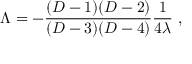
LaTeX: \Lambda = - { \frac { ( D - 1 ) ( D - 2 ) } { ( D - 3 ) ( D - 4 ) } } { \frac { 1 } { 4 \lambda } } ~ ,